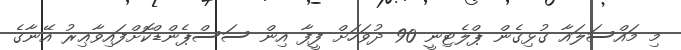
މި މައްސަލައާ ގުޅިގެން ޕްލެޓިނީ 90 ދުވަހަށް ފީފާ އިން ސަސްޕެންޑްކޮށްފައިވާޢިރު އޭނާގެ